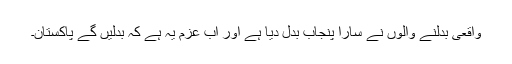
واقعی بدلنے والوں نے سارا پنجاب بدل دیا ہے اور اب عزم یہ ہے کہ بدلیں گے پاکستان۔